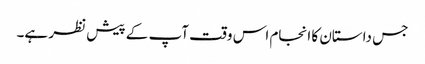
جس داستان کا انجام اس وقت آپ کے پیش نظر ہے۔